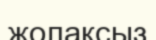
жолақсыз